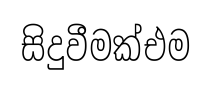
සිදුවීමක්එම